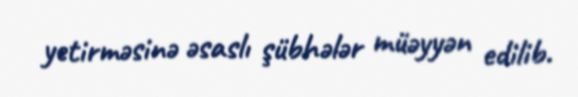
yetirməsinə əsaslı şübhələr müəyyən edilib.